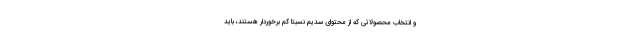
و انتخاب محصولاتی که از محتوای سدیم نسبتا کم برخوردار هستند، باید